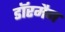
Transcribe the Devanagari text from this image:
डॉरमैन